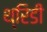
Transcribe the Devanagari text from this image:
थ्रिडी